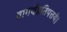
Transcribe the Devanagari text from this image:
वागर्थप्रतिपत्तये।